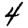
Digit: 4